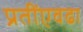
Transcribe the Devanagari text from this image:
प्रतींएवढा